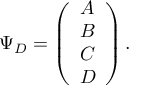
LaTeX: \Psi _ { D } = \left( \begin{array} { c } { { A } } \\ { { B } } \\ { { C } } \\ { { D } } \end{array} \right) .